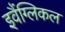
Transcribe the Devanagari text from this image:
इवैंग्लिकल